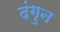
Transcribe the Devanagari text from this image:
दंगुन